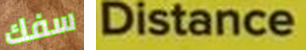
سفك Distance